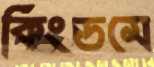
কিংডমে